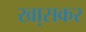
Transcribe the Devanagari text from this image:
खा़सकर